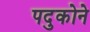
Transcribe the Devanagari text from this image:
पदुकोने